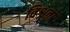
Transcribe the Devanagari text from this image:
विश्वतो